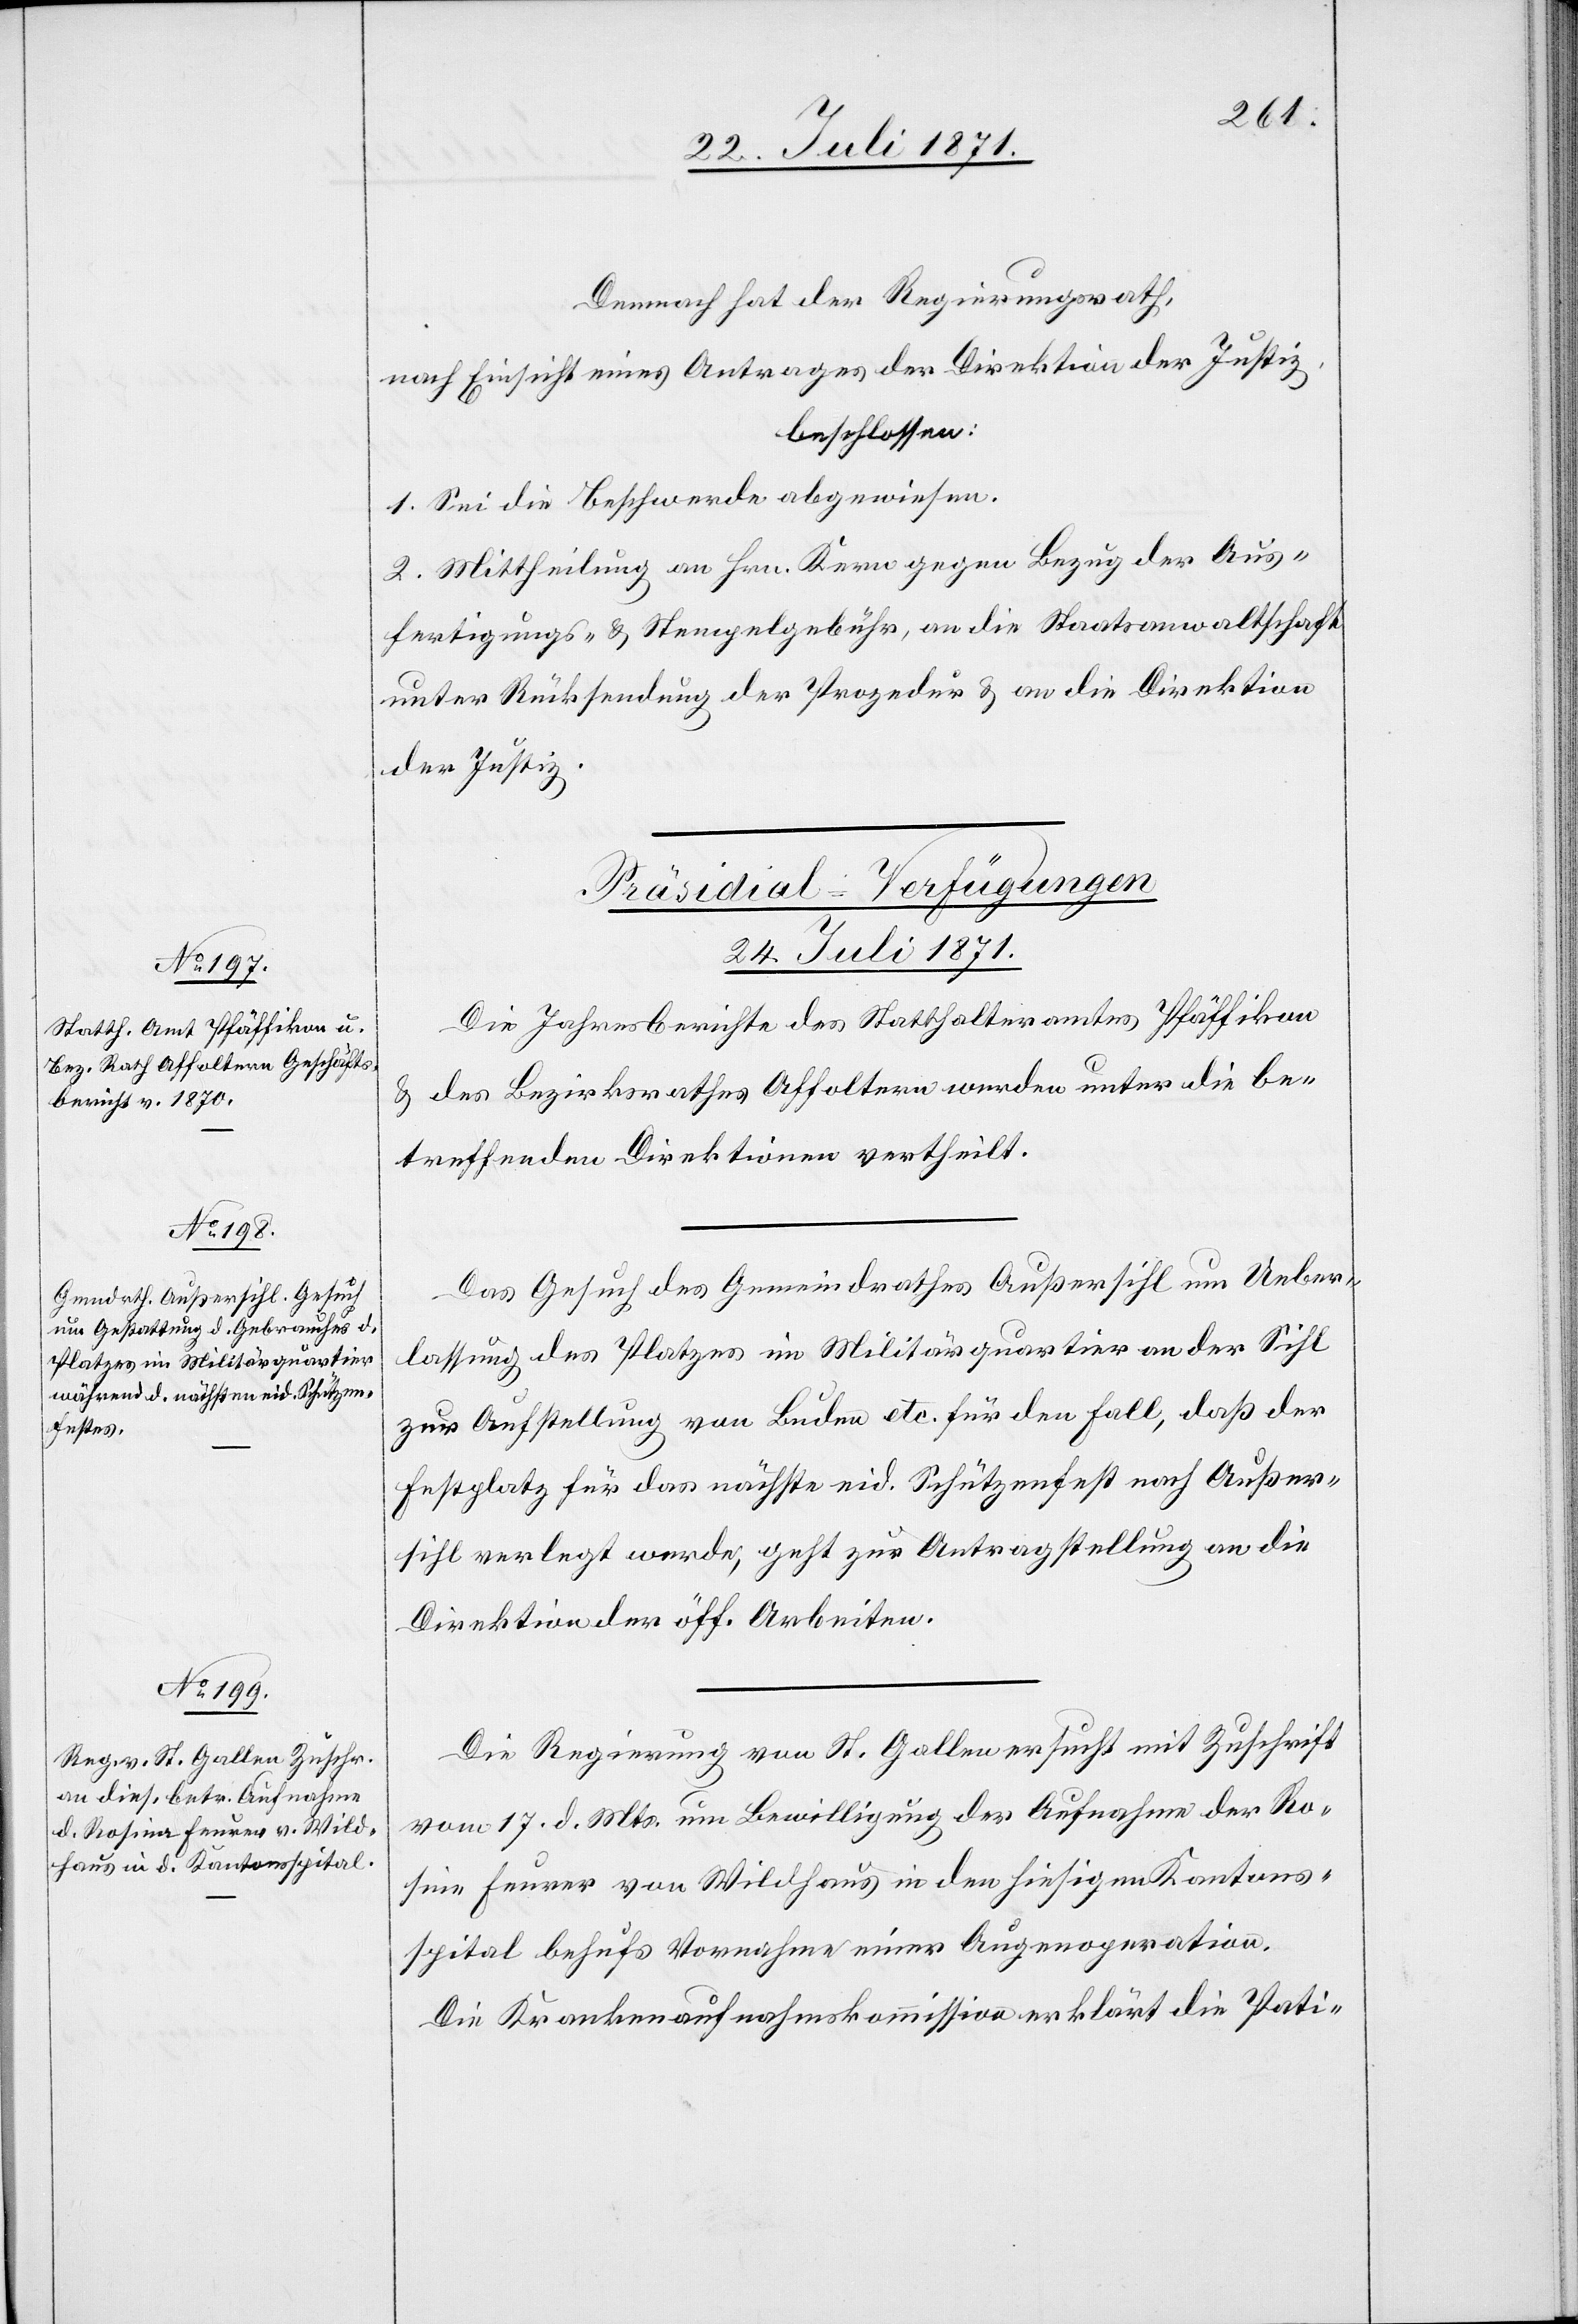
sine
Demnach her der Regierungsrath,
nach Einsicht eines Antrages der Direktion der Justiz,
beschlossen:
1. Sei die Beschwerde abgewiesen.
2. Mittheilung an Hrn. Kern gegen Bezug der Aus¬
fertigungs- u. Stempelgebühr, an die Staatsanwaltschaft
unter Rücksendung der Prozedur u. an die Direktion
der Justiz.
[Präsidial-Verfügungen
24. Juli 1871.]
Die Jahresberichte des Statthalteramt Pfäffikon
u. des Bezirksrathes Affoltern wurden unter die be¬
treffenden Direktionen vertheilt.
Das Gesuch des Gemeindrathes Außersihl um Ueber¬
lassung des Platzes im Militärquartier an der Sihl
zur Aufstellung von Buden etc. für den Fall, daß der
Festplatz für das nächste eid. Schützenfest nach Außer¬
sihl verlegt werde, geht zur Antragstellung an die
Direktion der öff. Arbeiten.
Die Regierung von St. Gallen ersucht mit Zuschrift
vom 17. d. Mts. um Bewilligung der Aufnahme der Ro¬
[sic!] Furrer von Wildhaus in den hiesigen Kantons¬
spital behufs Vornahme einer Augenoperation.
[I.]Die Krankenaufnahmskommission erklärt die Pati-